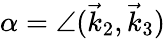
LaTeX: \alpha=\angle(\vec{k}_{2},\vec{k}_{3})